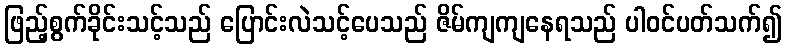
ဖြည့်စွက်ခိုင်းသင့်သည် ပြောင်းလဲသင့်ပေသည် ဇိမ်ကျကျနေရသည် ပါဝင်ပတ်သက်၍